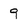
Character: 9